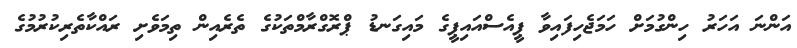
އަންނަ އަހަަަރު ހިންގުމަށް ހަމަޖެހިފައިވާ ޕީއެސްއައިޕީގެ މައިގަނޑު ޕްރޮގްރާމްތަކުގެ ތެރެއިން ތިމަވެށި ރައްކާތެރިކުރުމުގެ